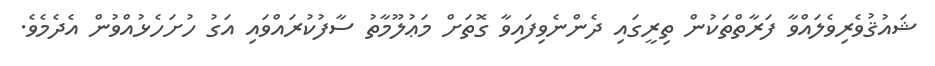
ޝައުޤުވެރިވެލައްވާ ފަރާތްތަކުން ތިރީގައި ދެންނެވިފައިވާ ގޮތަށް މަޢުލޫމާތު ސާފުކުރައްވައި އަގު ހުށަހެޅުއްވުން އެދެމެވެ.